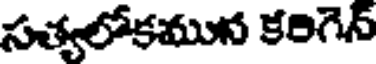
సత్యలోకమున కరిగెన్